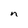
Character: n